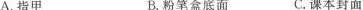
A.指甲 B.粉笔盒底面 C.课本封面